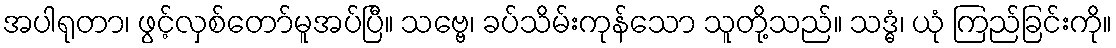
အပါရုတာ၊ ဖွင့်လှစ်တော်မူအပ်ပြီ။ သဗ္ဗေ၊ ခပ်သိမ်းကုန်သော သူတို့သည်။ သဒ္ဓံ၊ ယုံ ကြည်ခြင်းကို။